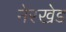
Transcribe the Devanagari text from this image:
नेरखेड